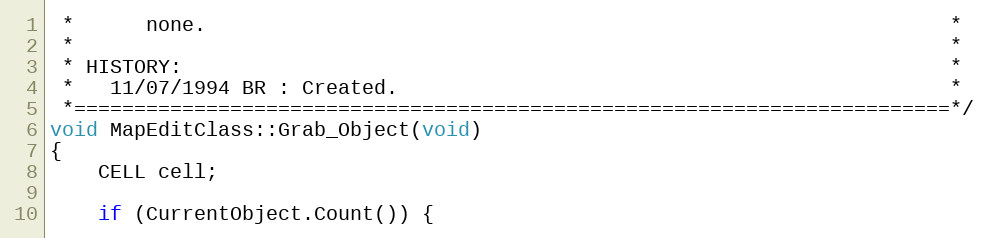
Language: C++
 *      none.                                                              *
 *                                                                         *
 * HISTORY:                                                                *
 *   11/07/1994 BR : Created.                                              *
 *=========================================================================*/
void MapEditClass::Grab_Object(void)
{
	CELL cell;

	if (CurrentObject.Count()) {